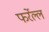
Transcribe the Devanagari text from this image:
फर्रेल्ल